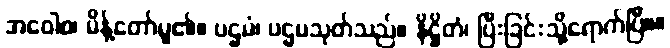
အဝေါစ၊ မိန့်တော်မူ၏။ ပဌမံ၊ ပဌမသုတ်သည်။ နိဋ္ဌိတံ၊ ပြီးခြင်းသို့ရောက်ပြီ။။